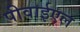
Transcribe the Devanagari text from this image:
पीवाईएल